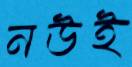
নউই